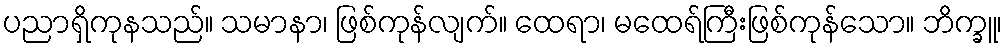
ပညာရှိကုနသည်။ သမာနာ၊ ဖြစ်ကုန်လျက်။ ထေရာ၊ မထေရ်ကြီးဖြစ်ကုန်သော။ ဘိက္ခူ၊